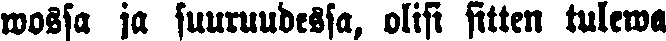
wossa ja suuruudessa, olisi sitten tulewa